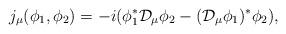
LaTeX: \begin{align*}j_\mu(\phi_1,\phi_2)=-i(\phi_1^{*}{\cal D}_\mu\phi_2-({\cal D}_\mu\phi_1)^{*}\phi_2),\end{align*}